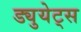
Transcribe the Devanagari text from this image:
ड्युयेट्स